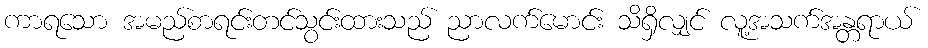
ကာရသော အမည်စာရင်းတင်သွင်းထားသည် ညာလက်မောင်း သိရှိလျှင် လူ့အသက်အန္တရာယ်